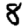
Digit: 8